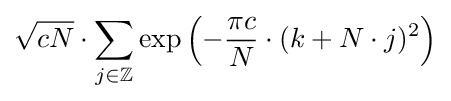
{\sqrt {cN}}\cdot \sum _{j\in \mathbb {Z} }\exp \left(-{\frac {\pi c}{N}}\cdot (k+N\cdot j)^{2}\right)